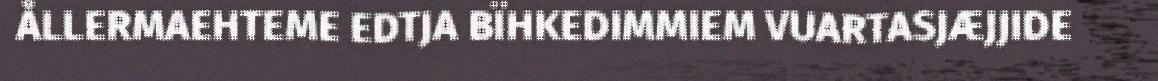
ÅLLERMAEHTEME EDTJA BÏHKEDIMMIEM VUARTASJÆJJIDE